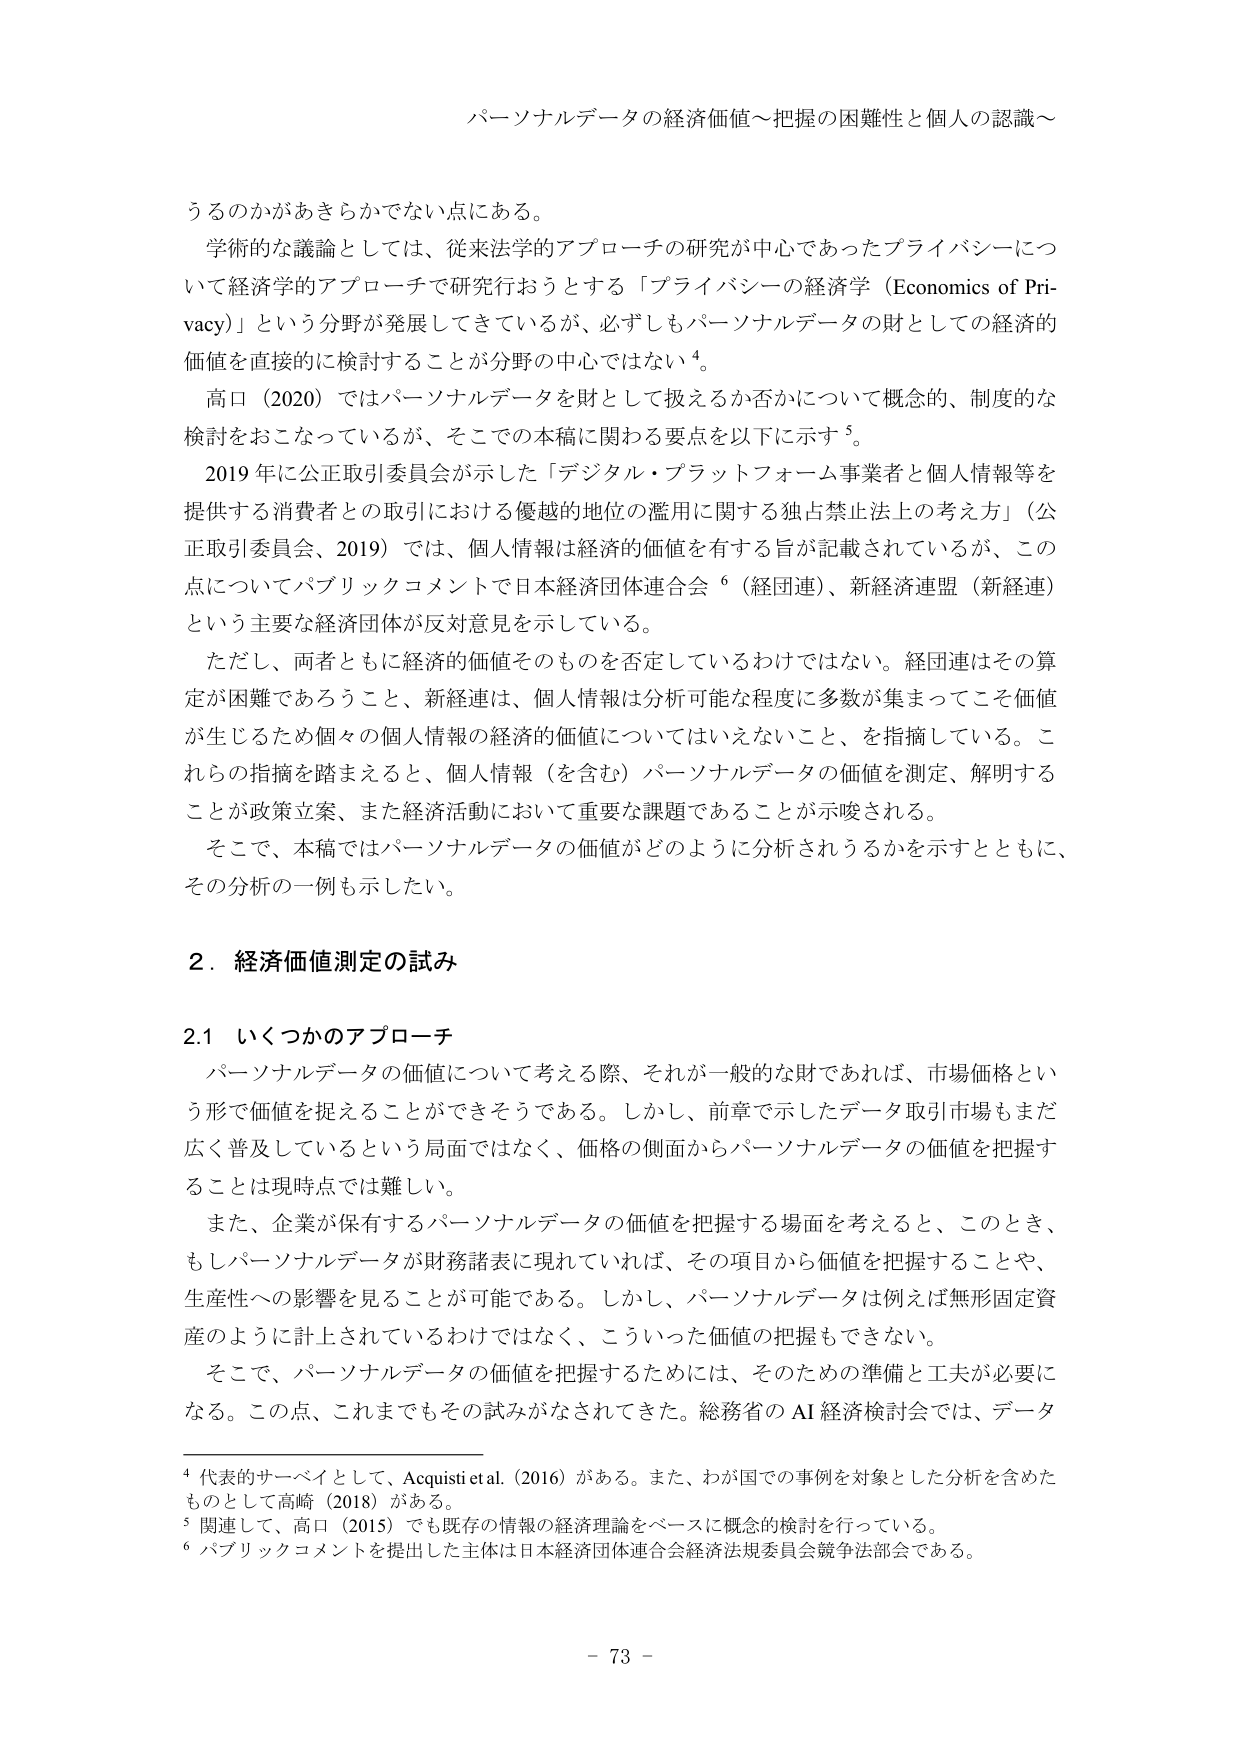
パーソナルデータの経済価値～把握の困難性と個人の認識～

うるのかがあきらかでない点にある。

学術的な議論としては、従来法学的アプローチの研究が中心であったプライバシーについて経済学的アプローチで研究行おうとする「プライバシーの経済学（Economics of Privacy）」という分野が発展してきているが、必ずしもパーソナルデータの財としての経済的価値を直接的に検討することが分野の中心ではない⁴。

高口（2020）ではパーソナルデータを財として扱えるか否かについて概念的、制度的な検討をおこなっているが、そこでの本稿に関わる要点を以下に示す⁵。

2019年に公正取引委員会が示した「デジタル・プラットフォーム事業者と個人情報等を提供する消費者との取引における優越的地位の濫用に関する独占禁止法上の考え方」（公正取引委員会、2019）では、個人情報は経済的価値を有する旨が記載されているが、この点についてパブリックコメントで日本経済団体連合会⁶（経団連）、新経済連盟（新経連）という主要な経済団体が反対意見を示している。

ただし、両者ともに経済的価値そのものを否定しているわけではない。経団連はその算定が困難であろうこと、新経連は、個人情報は分析可能な程度に多数が集まってこそ価値が生じるため個々の個人情報の経済的価値についてはいえないこと、を指摘している。これらの指摘を踏まえると、個人情報（を含む）パーソナルデータの価値を測定、解明することが政策立案、また経済活動において重要な課題であることが示唆される。

そこで、本稿ではパーソナルデータの価値がどのように分析されうるかを示すとともに、その分析の一例も示したい。

2．経済価値測定の試み

2.1 いくつかのアプローチ

パーソナルデータの価値について考える際、それが一般的な財であれば、市場価格という形で価値を捉えることができるそうである。しかし、前章で示したデータ取引市場もまだ広く普及しているという局面ではなく、価格の側面からパーソナルデータの価値を把握することは現時点では難しい。

また、企業が保有するパーソナルデータの価値を把握する場面を考えると、このとき、もしパーソナルデータが財務諸表に現れていれば、その項目から価値を把握することや、生産性への影響を見ることが可能である。しかし、パーソナルデータは例えば無形固定資産のように計上されているわけではなく、こういった価値の把握もできない。

そこで、パーソナルデータの価値を把握するためには、そのための準備と工夫が必要になる。この点、これまでもその試みがなされてきた。総務省のAI経済検討会では、データ

⁴ 代表的サーベイとして、Acquisti et al.（2016）がある。また、わが国での事例を対象とした分析を含めたものとして高崎（2018）がある。

⁵ 関連して、高口（2015）でも既存の情報の経済理論をベースに概念的検討を行っている。

⁶ パブリックコメントを提出した主体は日本経済団体連合会経済法規委員会競争法部会である。

- 73 -